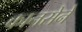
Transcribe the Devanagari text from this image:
कानसेने